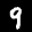
Digit: 9